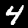
Label: 4